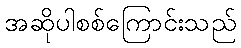
အဆိုပါစစ်ကြောင်းသည်